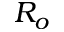
R _ { o }